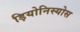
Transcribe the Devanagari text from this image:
ड़ियोनिस्योस